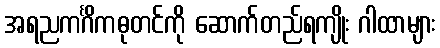
အရညကင်္ဂိကဓုတင်ကို ဆောက်တည်ရကျိုး ဂါထာများ